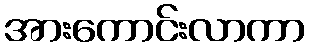
အားကောင်းလာကာ